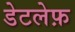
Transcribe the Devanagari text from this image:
डेटलेफ़